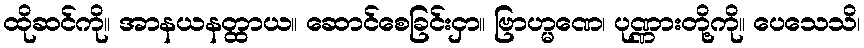
ထိုဆင်ကို။ အာနယနတ္ထာယ။ ဆောင်စေခြင်းငှာ။ ဗြာဟ္မဏေ၊ ပုဏ္ဏားတို့ကို။ ပေသေသိ၊